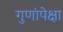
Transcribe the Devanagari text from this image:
गुणांपेक्षा